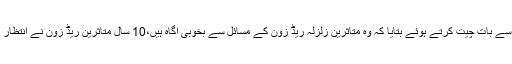
ڈپٹی کمشنر نے کمیٹی اراکین سے بات چیت کرتے ہوئے بتایا کہ وہ متاثرین زلزلہ ریڈ زون کے مسائل سے بخوبی آگاہ ہیں،10 سال متاثرین ریڈ زون نے انتظار کیا، مزید 10 دن انتظار کریں۔